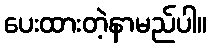
ပေးထားတဲ့နာမည်ပါ။